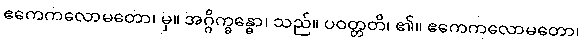
ဧကေကလောမတော၊ မှ။ အဂ္ဂိက္ခန္ဓော၊ သည်။ ပဝတ္တတိ၊ ၏။ ဧကေကလောမတော၊